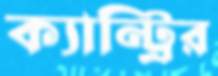
ক্যান্ট্রির